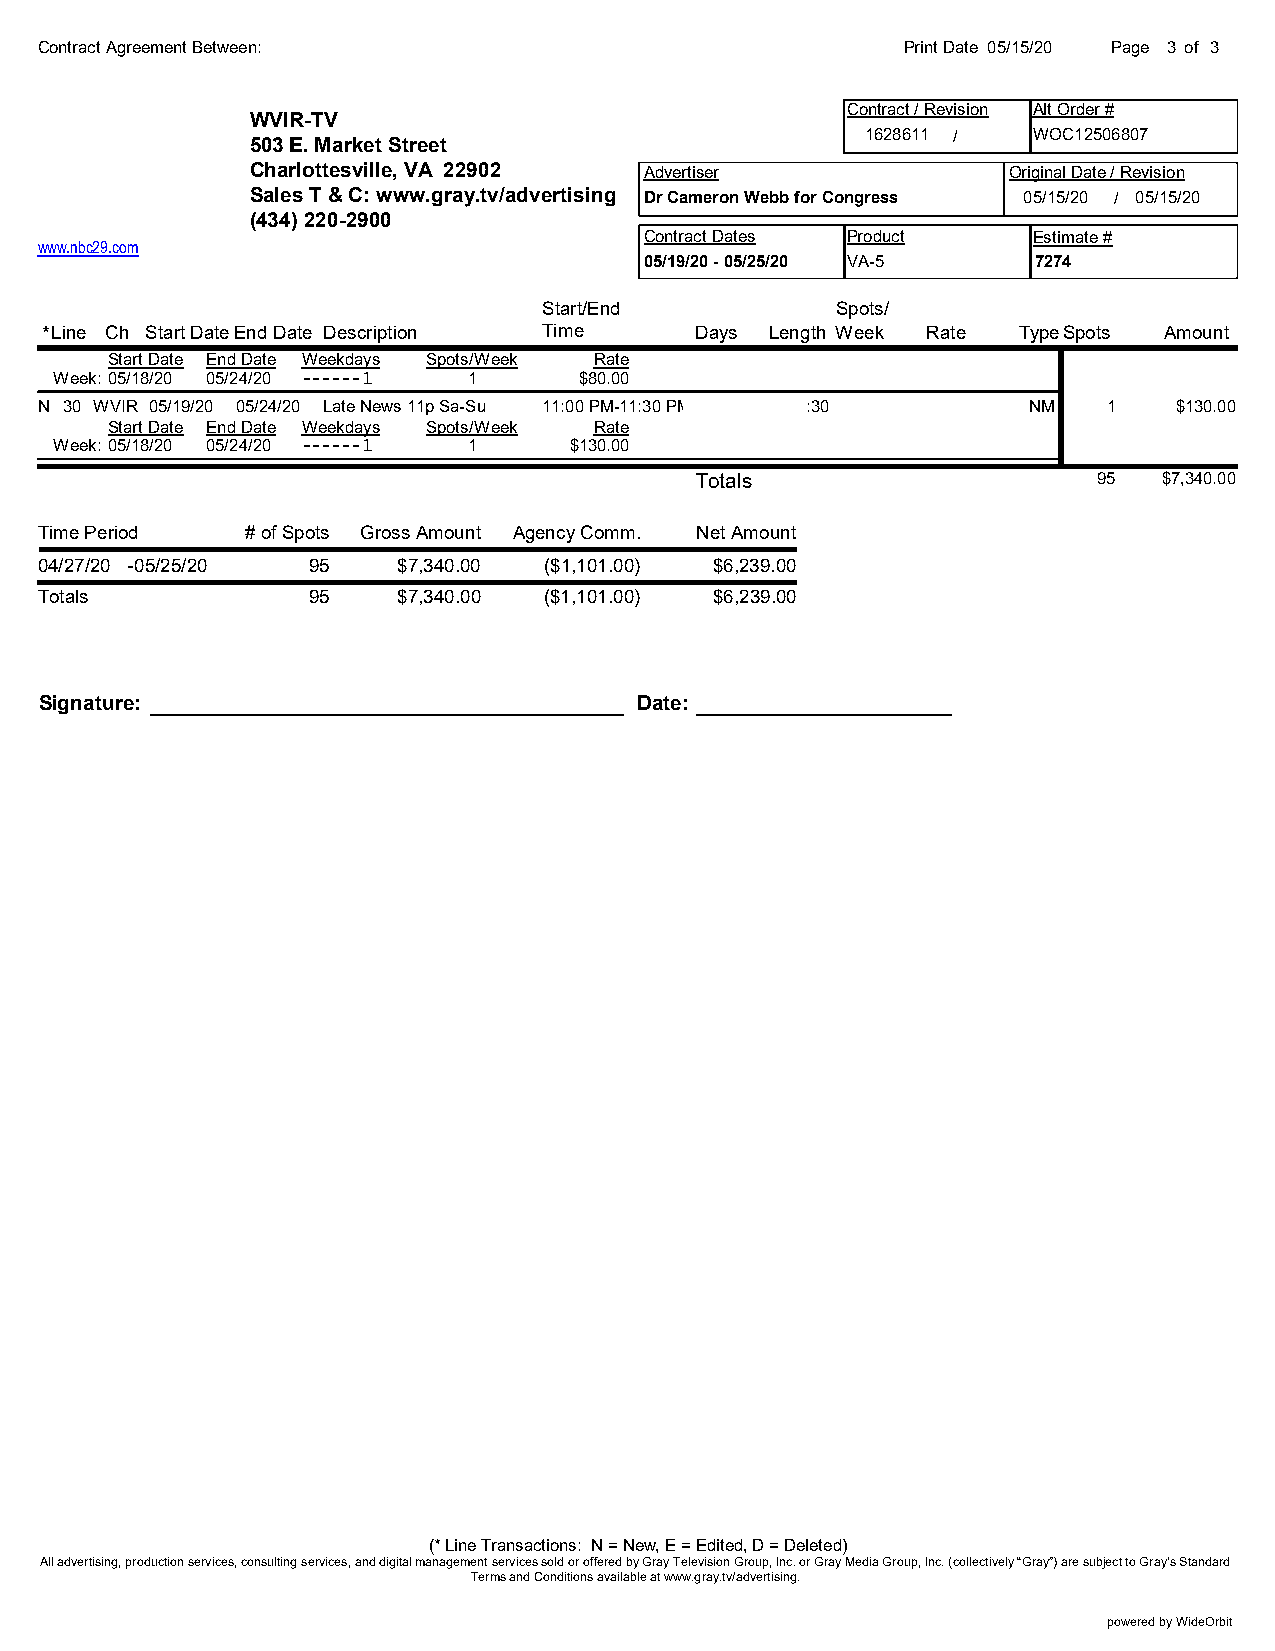
Contract Agreement Between:                               Print Date 05/15/20 Page 3 of 3
 Contract / Revision Alt Order #
 WVIR-TV
 1628611 /  WOC12506807
 503 E. Market Street
 Charlottesville, VA 22902 Advertiser              Original Date / Revision
 Sales T & C: www.gray.tv/advertising Dr Cameron Webb for Congress 05/15/20 / 05/15/20
 (434) 220-2900
 Contract Dates Product   Estimate #
 www.nbc29.com
 05/19/20 - 05/25/20 VA-5 7274
 Start/End          Spots/
 *Line Ch Start DateEnd Date Description Time Days Length Week Rate TypeSpots Amount
 Start Date End Date Weekdays Spots/Week Rate
 Week: 05/18/20 05/24/20 ------1 1 $80.00
 N 30 WVIR 05/19/20 05/24/20 Late News 11p Sa-Su 11:00 PM-11:30 PM :30 NM 1  $130.00
 Start Date End Date Weekdays Spots/Week Rate
 Week: 05/18/20 05/24/20 ------1 1 $130.00
 Totals                     95  $7,340.00
 Time Period   # of Spots Gross Amount Agency Comm. Net Amount
 04/27/20 -05/25/20 95   $7,340.00 ($1,101.00) $6,239.00
 Totals            95    $7,340.00 ($1,101.00) $6,239.00
 Signature:                             Date:
 (* Line Transactions: N = New, E = Edited, D = Deleted)
 All advertising, production services, consulting services, and digital management services sold or offered by Gray Television Group, Inc. or Gray Media Group, Inc. (collectively “Gray”) are subject to Gray’s Standard
 Terms and Conditions available at www.gray.tv/advertising.
 powered by WideOrbit